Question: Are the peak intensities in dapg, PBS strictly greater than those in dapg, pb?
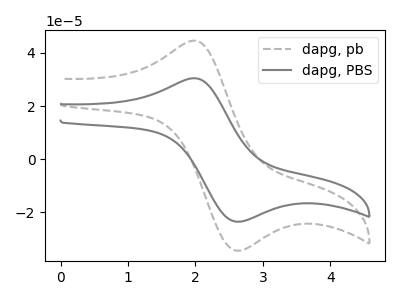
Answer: <think>The gray dashed curve "dapg, pb" has an anodic peak at (1.95V, 44.60uA) and a cathodic peak at (2.65V, -34.40uA). The gray curve "dapg, PBS" has an anodic peak at (1.95V, 30.50uA) and a cathodic peak at (2.65V, -23.50uA).</think>
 <answer>Every peak in "dapg, PBS" is lower than every peak in "dapg, pb".</answer>
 <eval>lower</eval>